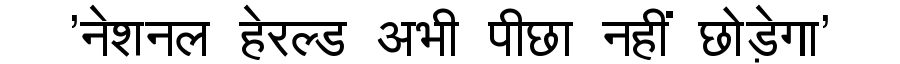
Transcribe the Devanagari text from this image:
'नेशनल हेरल्ड अभी पीछा नहीं छोड़ेगा'